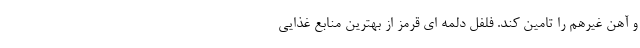
و آهن غیرهِم را تامین کند. فلفل دلمه ای قرمز از بهترین منابع غذایی